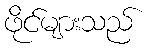
ဖိုင်များသည်